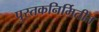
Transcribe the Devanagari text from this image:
पुस्तकनिर्मितीत